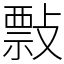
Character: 𢿏